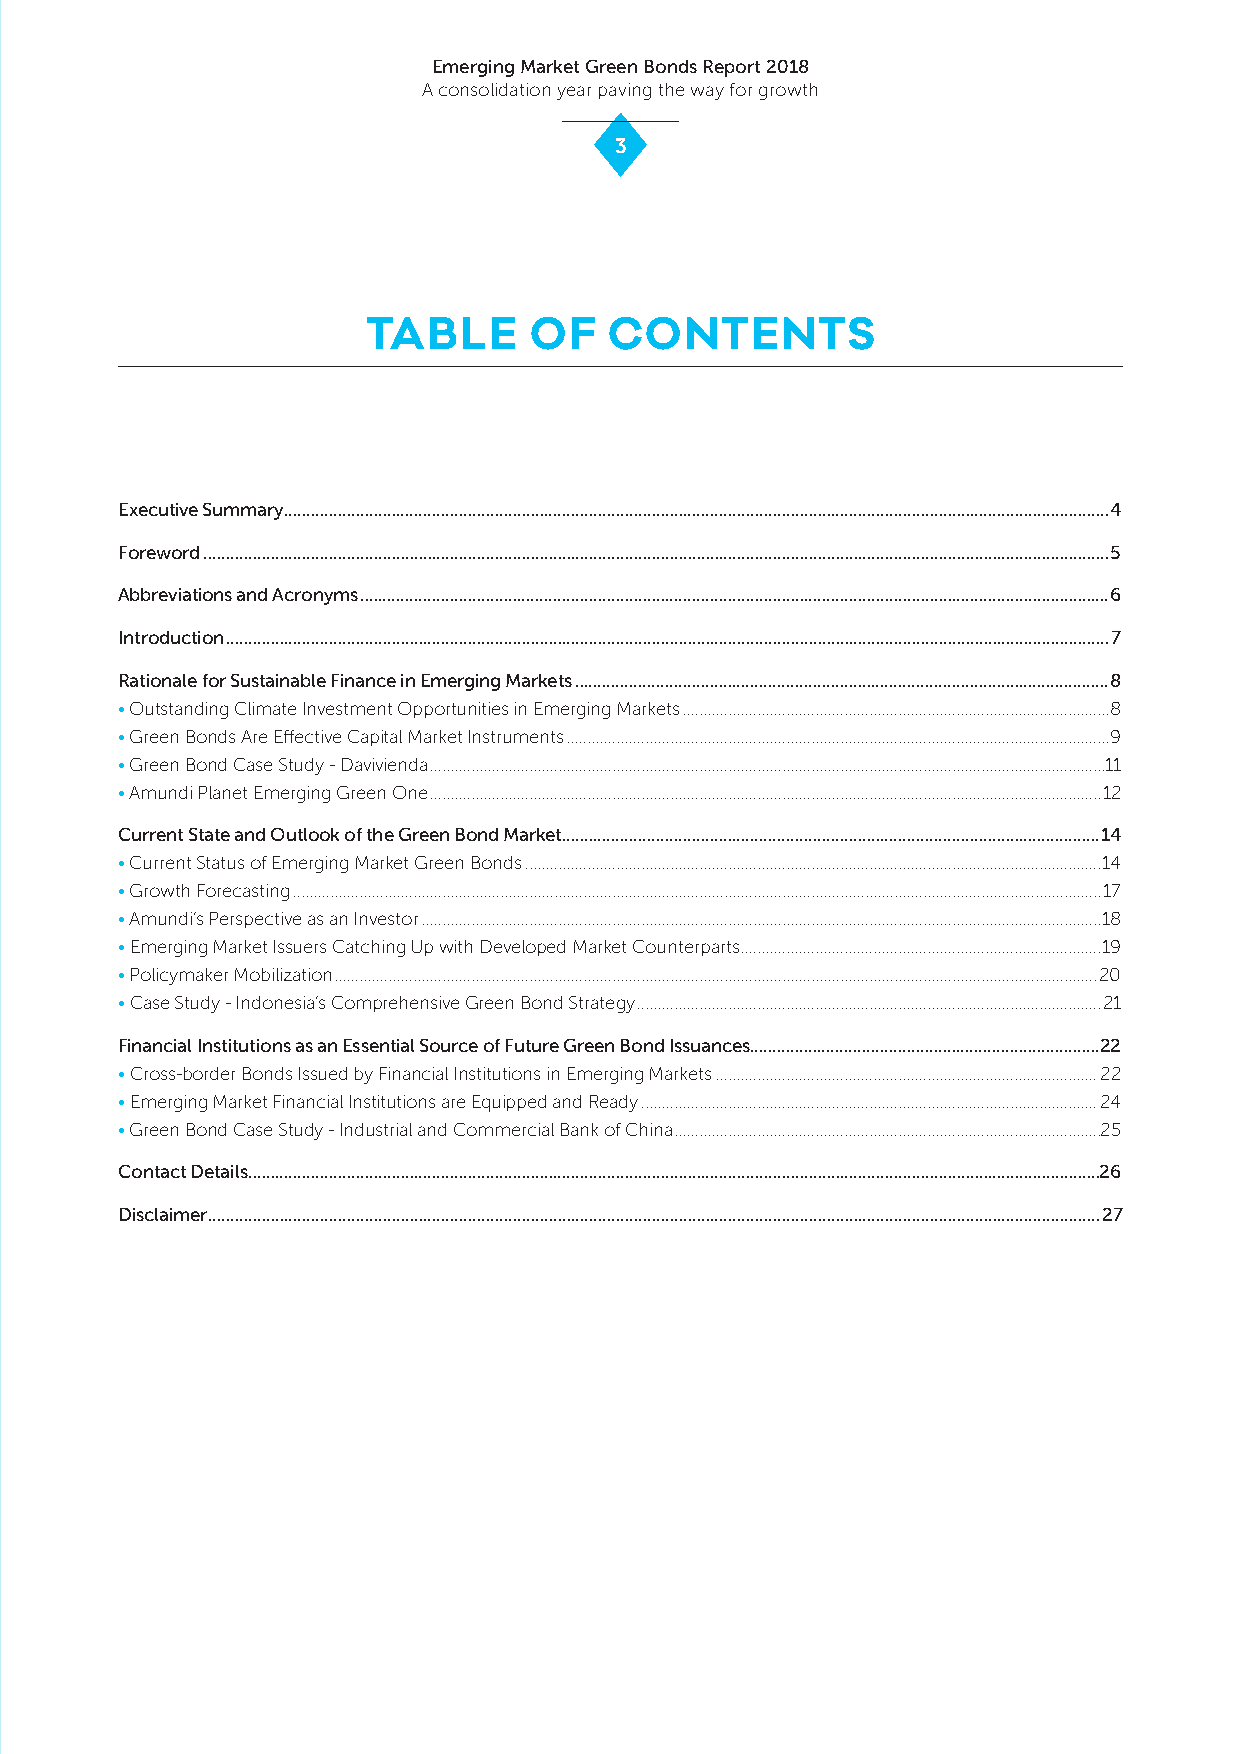
Emerging Market Green Bonds Report 2018
 A consolidation year paving the way for growth
 3
 TABLE      OF   CONTENTS
 Executive Summary ........................................................................................................................................................................................4
 Foreword ..........................................................................................................................................................................................................5
 Abbreviations and Acronyms .......................................................................................................................................................................6
 Introduction .....................................................................................................................................................................................................7
 Rationale for Sustainable Finance in Emerging Markets .......................................................................................................................8
 • Outstanding Climate Investment Opportunities in Emerging Markets .......................................................................................................8
 • Green Bonds Are Effective Capital Market Instruments ...................................................................................................................................9
 • Green Bond Case Study - Davivienda ...................................................................................................................................................................11
 • Amundi Planet Emerging Green One ..................................................................................................................................................................12
 Current State and Outlook of the Green Bond Market........................................................................................................................14
 • Current Status of Emerging Market Green Bonds ...........................................................................................................................................14
 • Growth Forecasting ...................................................................................................................................................................................................17
 • Amundi’s Perspective as an Investor ....................................................................................................................................................................18
 • Emerging Market Issuers Catching Up with Developed Market Counterparts .......................................................................................19
 • Policymaker Mobilization ........................................................................................................................................................................................20
 • Case Study - Indonesia’s Comprehensive Green Bond Strategy ................................................................................................................21
 Financial Institutions as an Essential Source of Future Green Bond Issuances..............................................................................22
 • Cross-border Bonds Issued by Financial Institutions in Emerging Markets ............................................................................................22
 • Emerging Market Financial Institutions are Equipped and Ready ..............................................................................................................24
 • Green Bond Case Study - Industrial and Commercial Bank of China .......................................................................................................25
 Contact Details ..............................................................................................................................................................................................26
 Disclaimer .......................................................................................................................................................................................................27